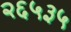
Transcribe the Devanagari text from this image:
२६५३५